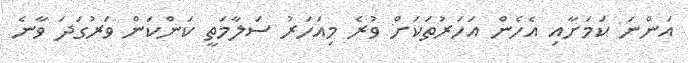
އަންނަ ކަމަށާއި އެހެން އަހަރުތަކަށް ވުރެ މިއަހަރު ސަލާމަތީ ކަންކަން ވަރުގަދަ ވާނެ